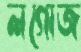
লগোজ